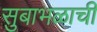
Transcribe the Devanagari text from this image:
सुबाभळाची